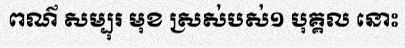
ពណ៌ សម្បុរ មុខ ស្រស់បស់១ បុគ្គល នោះ